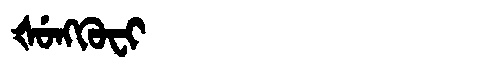
Manchu: ᡧᡠᠩᡴᡠᠸᡳ
Romanization: ŠUNGKUFI